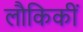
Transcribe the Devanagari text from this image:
लौकिकीं